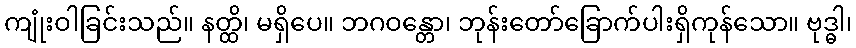
ကျုံးဝါခြင်းသည်။ နတ္ထိ၊ မရှိပေ။ ဘဂဝန္တော၊ ဘုန်းတော်ခြောက်ပါးရှိကုန်သော။ ဗုဒ္ဓါ၊